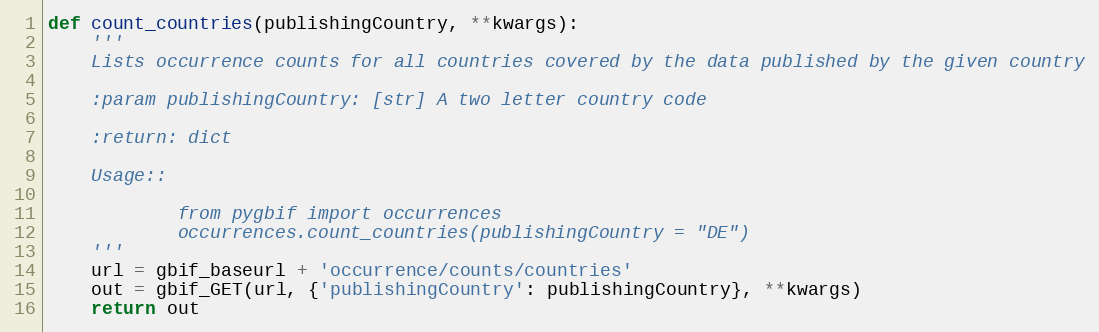
Language: Python
def count_countries(publishingCountry, **kwargs):
    '''
    Lists occurrence counts for all countries covered by the data published by the given country

    :param publishingCountry: [str] A two letter country code

    :return: dict

    Usage::

            from pygbif import occurrences
            occurrences.count_countries(publishingCountry = "DE")
    '''
    url = gbif_baseurl + 'occurrence/counts/countries'
    out = gbif_GET(url, {'publishingCountry': publishingCountry}, **kwargs)
    return out